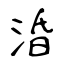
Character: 涽